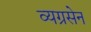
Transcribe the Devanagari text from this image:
व्यग्रसेन